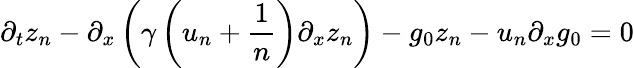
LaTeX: \partial_{t}z_{n}-\partial_{x}\left(\gamma\left(u_{n}+\frac{1}{n}\right)\partial_{x}z_{n}\right)-g_{0}z_{n}-u_{n}\partial_{x}g_{0}=0